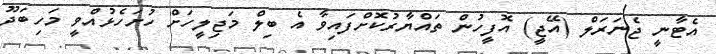
އެޓާނީ ޖެނަރަލް (އޭޖީ) އޮފީހުން ތައްޔާރުކޮށްފައިވާ އެ ބިލް މަޖިލީހަށް ހުށަހެޅުއްވީ މަހިބަދޫ